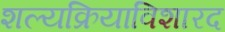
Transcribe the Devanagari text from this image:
शल्यक्रियाविशारद